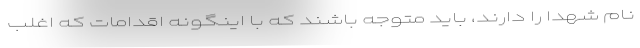
نام شهدا را دارند، باید متوجه باشند که با اینگونه اقدامات که اغلب